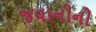
જવાનીનો